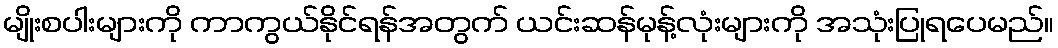
မျိုးစပါးများကို ကာကွယ်နိုင်ရန်အတွက် ယင်းဆန်မုန့်လုံးများကို အသုံးပြုရပေမည်။